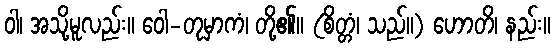
ဝါ၊ အသို့မူလည်း။ ဝေါ-တုမှာကံ၊ တို့၏။ (စိတ္တံ၊ သည်။) ဟောတိ၊ နည်း။